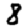
Digit: 8